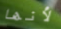
لأنها